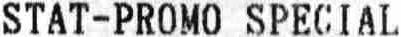
STAT-PROMO SPECIAL